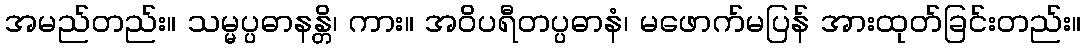
အမည်တည်း။ သမ္မပ္ပဓာနန္တိ၊ ကား။ အဝိပရီတပ္ပဓာနံ၊ မဖောက်မပြန် အားထုတ်ခြင်းတည်း။